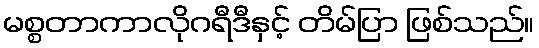
မစ္စတာကာလိုဂရီဒီနှင့် တိမ်ပြာ ဖြစ်သည်။